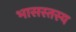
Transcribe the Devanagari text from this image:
भासस्तस्य